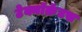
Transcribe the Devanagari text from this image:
टेक्नॉक्रॅटस